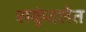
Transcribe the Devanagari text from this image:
शकुंतलेत